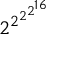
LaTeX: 2 ^ { 2 ^ { 2 ^ { 2 ^ { 1 6 } } } }